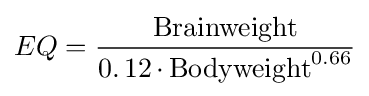
EQ={\frac {\operatorname {Brainweight} }{\operatorname {0.12} \cdot \operatorname {Bodyweight} ^{0.66}}}